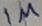
Text: 1µ